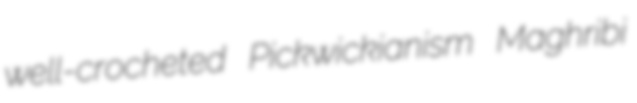
well-crocheted Pickwickianism Maghribi